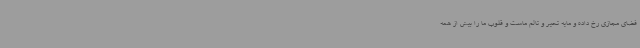
فضای مجازی رخ داده و مایه تحیر و تالم ماست و قلوب ما را بیش از همه